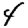
Digit: 4